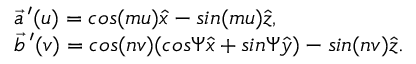
\begin{array} { l } { { \vec { a } \, ^ { \prime } ( u ) = c o s ( m u ) \hat { x } - s i n ( m u ) \hat { z } , } } \\ { { \vec { b } \, ^ { \prime } ( v ) = c o s ( n v ) ( c o s \Psi \hat { x } + s i n \Psi \hat { y } ) - s i n ( n v ) \hat { z } . } } \end{array}